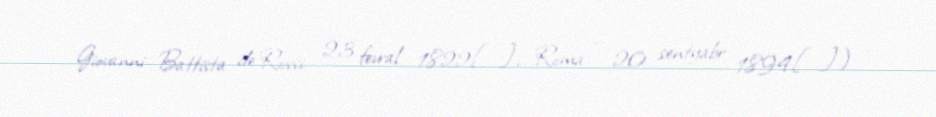
Giovanni Battista de Rossi; 23 fevral 1822[…], Roma – 20 sentyabr 1894[…]) —